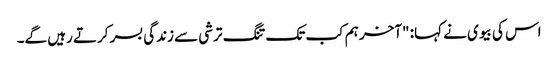
اس کی بیوی نے کہا: "آخر ہم کب تک تنگ ترشی سے زندگی بسر کرتے رہیں گے۔